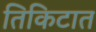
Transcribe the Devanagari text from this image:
तिकिटात